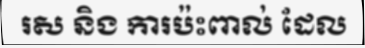
រស និង ការប៉ះពាល់ ដែល